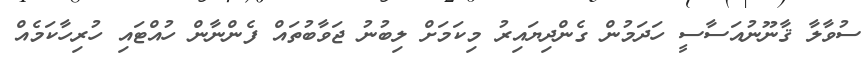
ސުވާލާ ޤާނޫނުއަސާސީ ހަދަމުން ގެންދިޔައިރު މިކަމަށް ލިބުނު ޖަވާބުތައް ފެންނާން ހުއްޓައި ހުރިހާކަމެއް